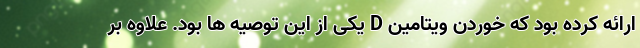
ارائه کرده بود که خوردن ویتامین D یکی از این توصیه ها بود. علاوه بر